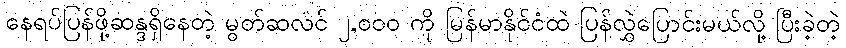
နေရပ်ပြန်ဖို့ဆန္ဒရှိနေတဲ့ မွတ်ဆလင် ၂,၀၀၀ ကို မြန်မာနိုင်ငံထဲ ပြန်လွှဲပြောင်းမယ်လို့ ပြီးခဲ့တဲ့